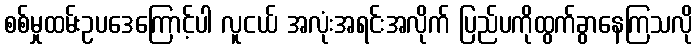
စစ်မှုထမ်းဥပဒေကြောင့်ပါ လူငယ် အလုံးအရင်းအလိုက် ပြည်ပကိုထွက်ခွာနေကြသလို